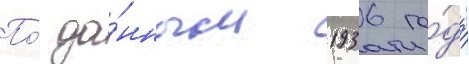
По́ да́нным 1936 го́да